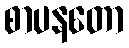
စာပနတော